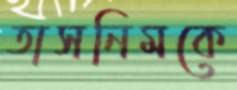
তাসনিমকে